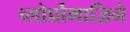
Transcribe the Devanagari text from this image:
च्लोर्प्रोमाज़िने